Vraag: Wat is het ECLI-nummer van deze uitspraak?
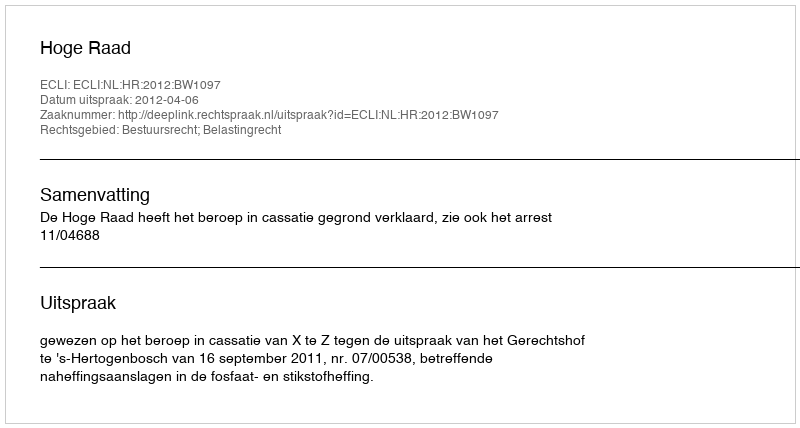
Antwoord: ECLI:NL:HR:2012:BW1097